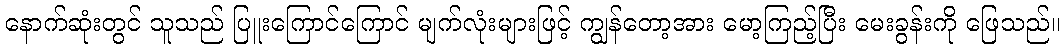
နောက်ဆုံးတွင် သူသည် ပြူးကြောင်ကြောင် မျက်လုံးများဖြင့် ကျွန်တော့အား မော့ကြည့်ပြီး မေးခွန်းကို ဖြေသည်။